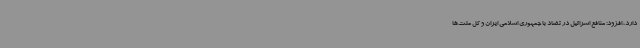
دارد، افزود: منافع اسرائیل در تضاد با جمهوری اسلامی ایران و کل ملت‌ها